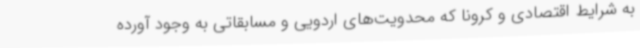
به شرایط اقتصادی و کرونا که محدویت‌های اردویی و مسابقاتی به وجود آورده